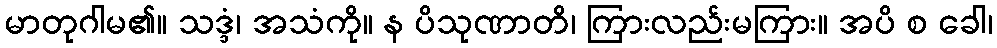
မာတုဂါမ၏။ သဒ္ဒံ၊ အသံကို။ န ပိသုဏာတိ၊ ကြားလည်းမကြား။ အပိ စ ခေါ၊